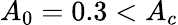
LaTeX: A_{0}=0.3<A_{c}